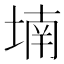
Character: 𡎜